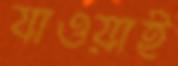
যাওয়াই